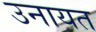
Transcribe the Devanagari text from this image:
उनायत